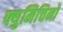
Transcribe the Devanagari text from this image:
फ्युमिचिनो